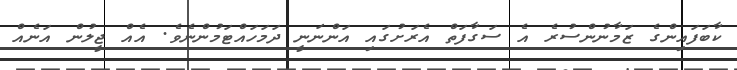
ކާބަފައިންގެ ޒަމާނުންސުރެ އެ ސަގާފަތް އެރަށުގައި އަންނަނީ ދަމަހައްޓަމުންނެވެ. އެއް ޖީލުން އަނެއް